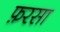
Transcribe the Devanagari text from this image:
फ़रसा